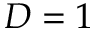
D = 1